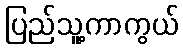
ပြည်သူ့ကာကွယ်